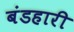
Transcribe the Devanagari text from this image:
बंडहारी